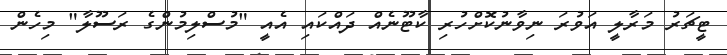
ޓީޗަރު މަރާލީ އަވުރަ ނިވާނުކޮށްހުރި ކާޓޫނެއް ދައްކައި އެއީ "މުސްލިމުންގެ ރަސޫލާ" މިހެން